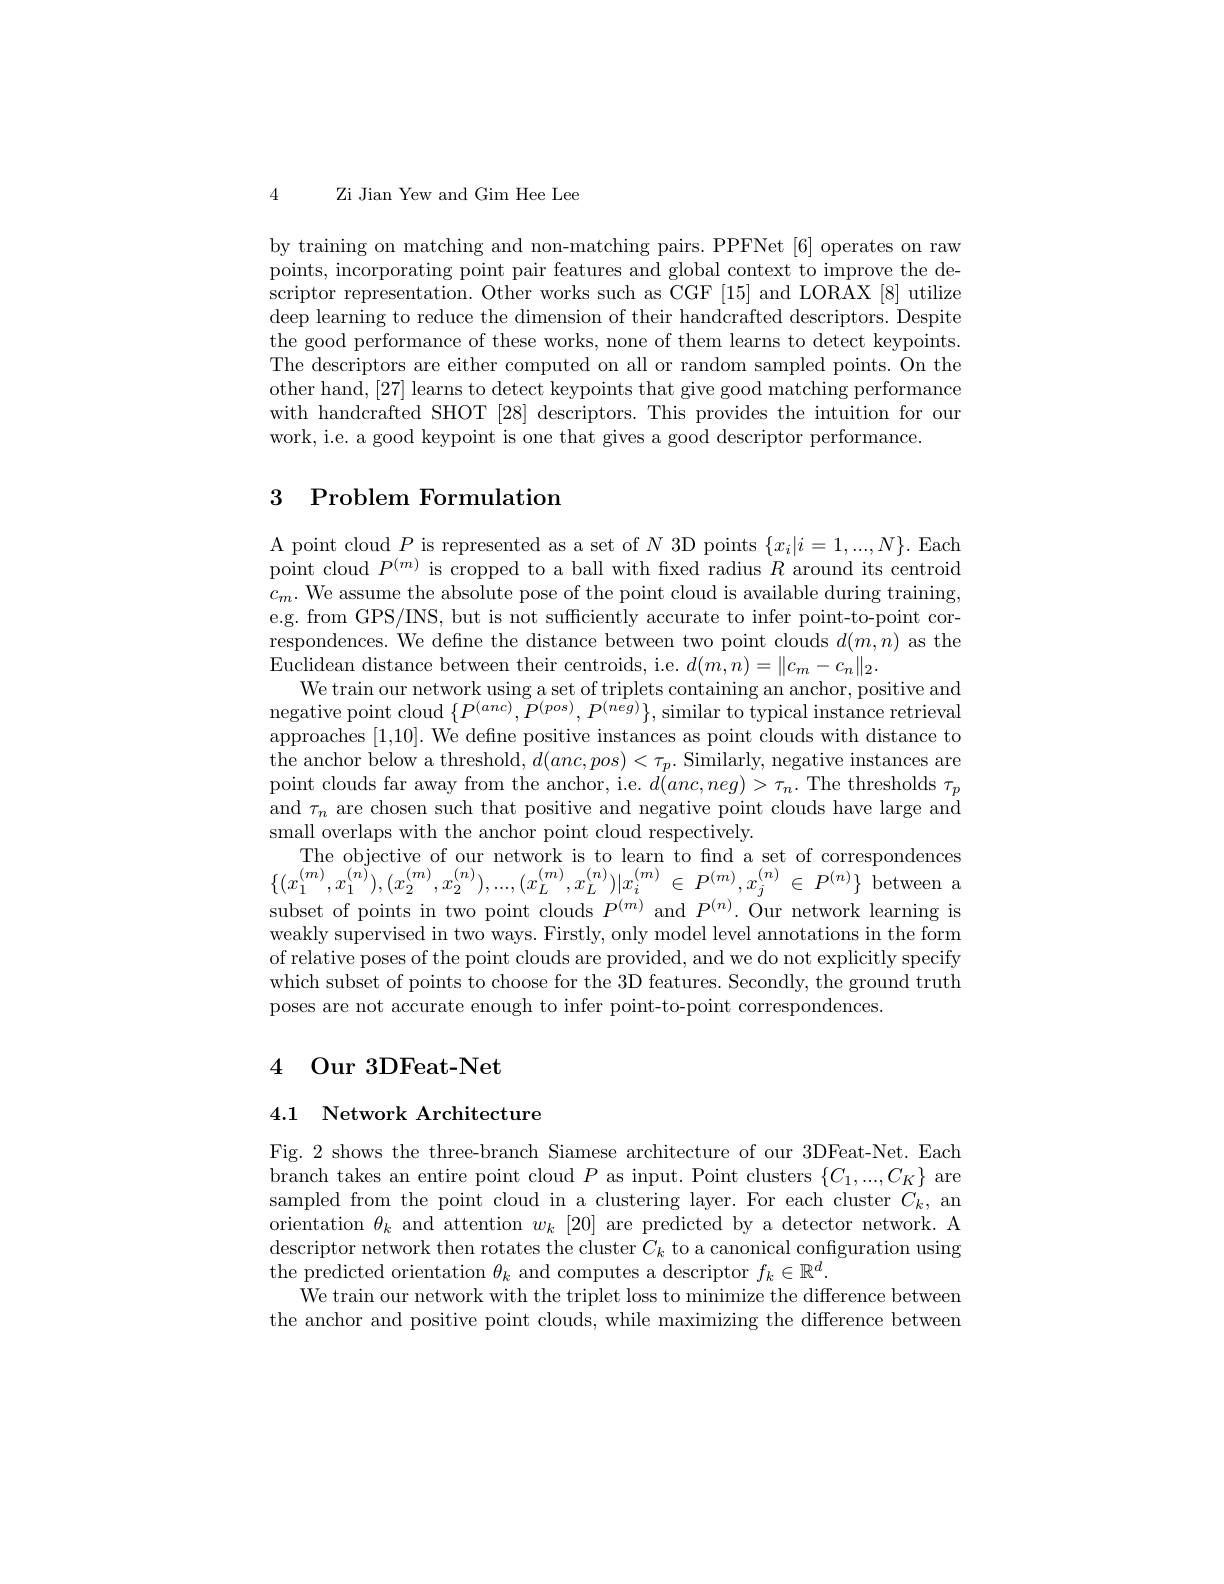
4 Zi Jian Yew and Gim Hee Lee

by training on matching and non-matching pairs. PPFNet [6] operates on raw points, incorporating point pair features and global context to improve the descriptor representation. Other works such as CGF [15] and LORAX [8] utilize deep learning to reduce the dimension of their handcrafted descriptors. Despite the good performance of these works, none of them learns to detect keypoints. The descriptors are either computed on all or random sampled points. On the other hand, [27] learns to detect keypoints that give good matching performance with handcrafted SHOT [28] descriptors. This provides the intuition for our work, i.e. a good keypoint is one that gives a good descriptor performance.

# 3 Problem Formulation

A point cloud $P$ is represented as a set of $N$ 3D points $\{x_i|i=1,...,N\}.$ Each $\dot{\text{point cloud }P^{(m)}}$ is cropped to a ball with fixed radius $R$ around its centroid $c_m.$ We assume the absolute pose of the point cloud is available during training, e.g. from GPS/INS, but is not sufficiently accurate to infer point-to-point correspondences. We define the distance between two point clouds $d(m,n)$ as the Euclidean distance between their centroids, i.e. $d(m,n)=\|c_m-c_n\|_2.$
We train our network using a set of triplets containing an anchor, positive and negative point cloud $\{P^{(anc)},P^{(pos)},P^{(neg)}\}$,similar to typical instance retrieval approaches [1,10]. We defne positive instances as point clouds with distance to the anchor below a threshold, $d(anc,pos)<\tau_p.$ Similarly, negative instances are point clouds far away from the anchor, i.e. $d(anc,neg)>\tau_{n}.$ The thresholds $\tau_p$ and $\tau_n$ are chosen such that positive and negative point clouds have large and small overlaps with the anchor point cloud respectively.
The objective of our network is to learn to fnd a set of correspondences $\{ ( x_{1}^{( m) }, x_{1}^{( n) }) , ( x_{2}^{( m) }, x_{2}^{( n) }) , . . . , ( x_{L}^{( m) }, x_{L}^{( n) }) | x_{i}^{( m) }$ $\in$ $P^{( m) }, x_{j}^{( n) }$ $\in$ $P^{( n) }\}$ $\dot{\mathrm{between}}$ subset of points in two point clouds $P^{(m)}$ and $P^{(n)}.$ Our network learning is weakly supervised in two ways. Firstly, only model level annotations in the form of relative poses of the point clouds are provided, and we do not explicitly specify which subset of points to choose for the 3D features. Secondly, the ground truth poses are not accurate enough to infer point-to-point correspondences

## 4 Our 3DFeat-Net

## 4.1 Network Architecture

Fig. 2 shows the three-branch Siamese architecture of our 3DFeat-Net. Each branch takes an entire point cloud $P$ as input. Point clusters $\{C_1,...,C_K\}$ are sampled from the point cloud in a clustering layer. For each cluster $C_k$, an orientation $\theta_k$ and attention $w_k[20]$ are predicted by a detector network. A descriptor network then rotates the cluster $C_k$ to a canonical confguration using the predicted orientation $\theta_k$ and computes a descriptor $f_k\in\mathbb{R}^d.$
We train our network with the triplet loss to minimize the difference between the anchor and positive point clouds, while maximizing the difference between